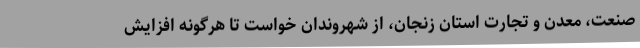
صنعت، معدن و تجارت استان زنجان، از شهروندان خواست تا هرگونه افزایش